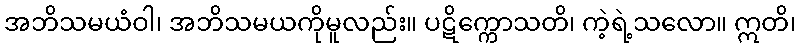
အဘိသမယံဝါ၊ အဘိသမယကိုမူလည်း။ ပဋိက္ကောသတိ၊ ကဲ့ရဲ့သလော။ ဣတိ၊